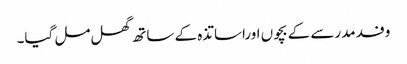
وفد مدرسے کے بچوں اوراساتذہ کے ساتھ گھل مل گیا۔